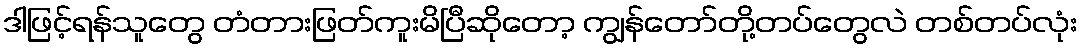
ဒါဖြင့်ရန်သူတွေ တံတားဖြတ်ကူးမိပြီဆိုတော့ ကျွန်တော်တို့တပ်တွေလဲ တစ်တပ်လုံး